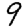
Digit: 9